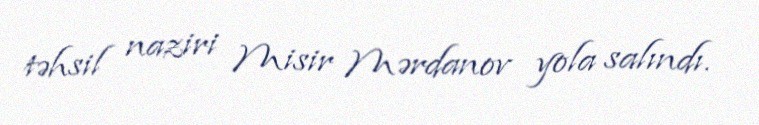
təhsil naziri Misir Mərdanov yola salındı.